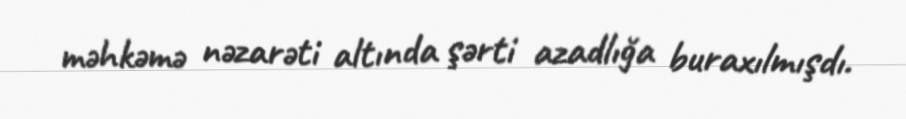
məhkəmə nəzarəti altında şərti azadlığa buraxılmışdı.